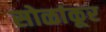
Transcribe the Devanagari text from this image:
सोळांकूर